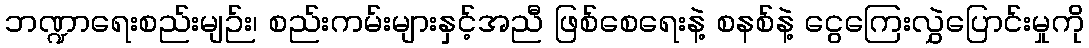
ဘဏ္ဍာရေးစည်းမျဉ်း၊ စည်းကမ်းများနှင့်အညီ ဖြစ်စေရေးနဲ့ စနစ်နဲ့ ငွေကြေးလွှဲပြောင်းမှုကို